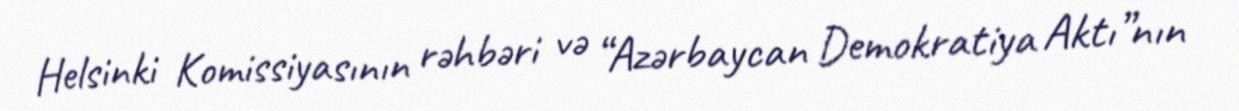
Helsinki Komissiyasının rəhbəri və “Azərbaycan Demokratiya Aktı”nın